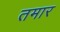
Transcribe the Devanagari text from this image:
तमार